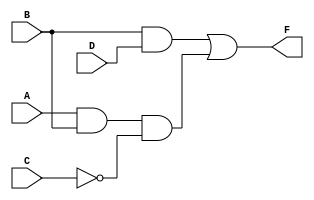
module gate ( input A, B, C, D, output F);
assign F = ((B & D) | (A & B & (~C)));
endmodule